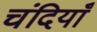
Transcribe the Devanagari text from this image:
चंदियाँ